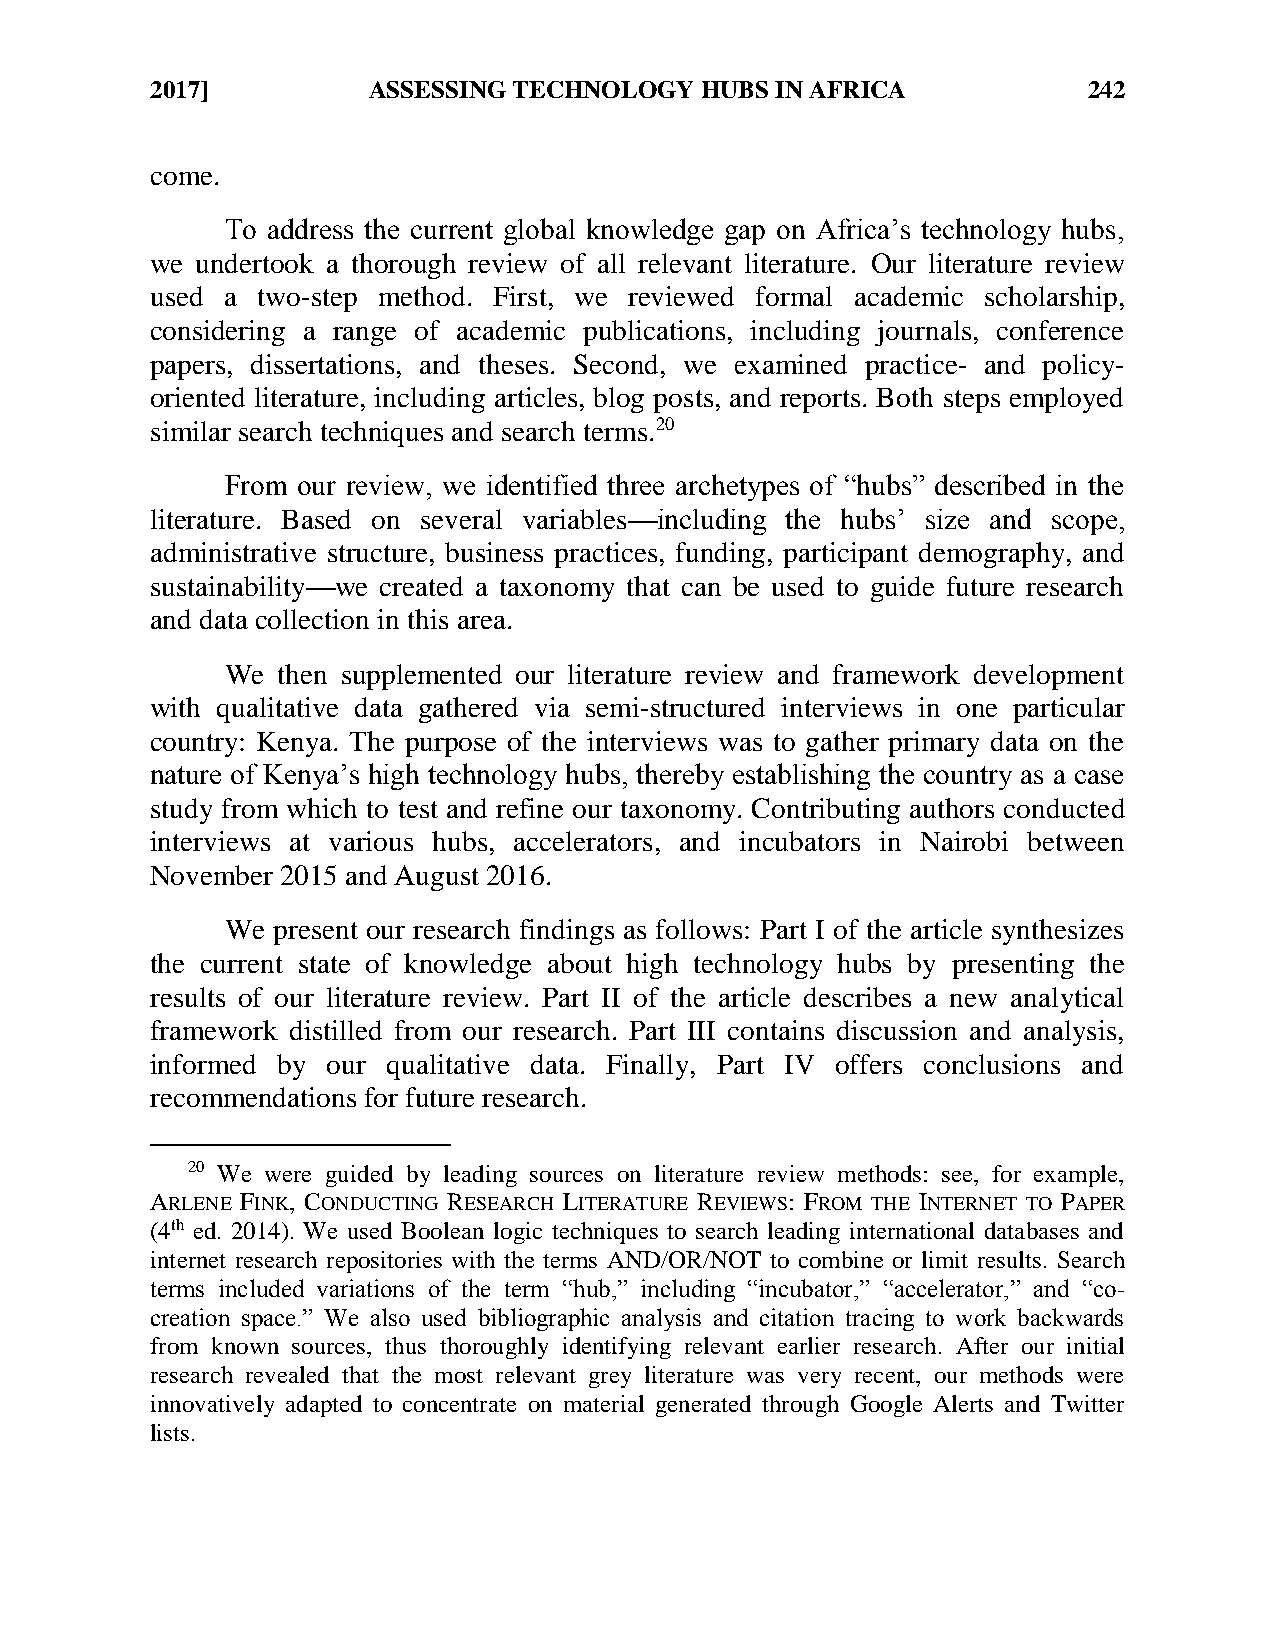
2017]         ASSESSING TECHNOLOGY  HUBS IN AFRICA            242
 come.
 To address the current global knowledge gap on Africa’s technology hubs,
 we undertook a thorough review of all relevant literature. Our literature review
 used a two-step method. First, we reviewed formal academic scholarship,
 considering a range of academic publications, including journals, conference
 papers, dissertations, and theses. Second, we examined practice- and policy-
 oriented literature, including articles, blog posts, and reports. Both steps employed
 similar search techniques and search terms.20
 From our review, we identified three archetypes of “hubs” described in the
 literature. Based on several variables—including the hubs’ size and scope,
 administrative structure, business practices, funding, participant demography, and
 sustainability—we created a taxonomy that can be used to guide future research
 and data collection in this area.
 We then supplemented our literature review and framework development
 with qualitative data gathered via semi-structured interviews in one particular
 country: Kenya. The purpose of the interviews was to gather primary data on the
 nature of Kenya’s high technology hubs, thereby establishing the country as a case
 study from which to test and refine our taxonomy. Contributing authors conducted
 interviews at various hubs, accelerators, and incubators in Nairobi between
 November 2015 and August 2016.
 We present our research findings as follows: Part I of the article synthesizes
 the current state of knowledge about high technology hubs by presenting the
 results of our literature review. Part II of the article describes a new analytical
 framework distilled from our research. Part III contains discussion and analysis,
 informed by our qualitative data. Finally, Part IV offers conclusions and
 recommendations for future research.
 20 We were guided by leading sources on literature review methods: see, for example,
 ARLENE FINK, CONDUCTING RESEARCH LITERATURE REVIEWS: FROM THE INTERNET TO PAPER
 (4th ed. 2014). We used Boolean logic techniques to search leading international databases and
 internet research repositories with the terms AND/OR/NOT to combine or limit results. Search
 terms included variations of the term “hub,” including “incubator,” “accelerator,” and “co-
 creation space.” We also used bibliographic analysis and citation tracing to work backwards
 from known sources, thus thoroughly identifying relevant earlier research. After our initial
 research revealed that the most relevant grey literature was very recent, our methods were
 innovatively adapted to concentrate on material generated through Google Alerts and Twitter
 lists.